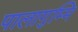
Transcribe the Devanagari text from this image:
पालागुम्मि